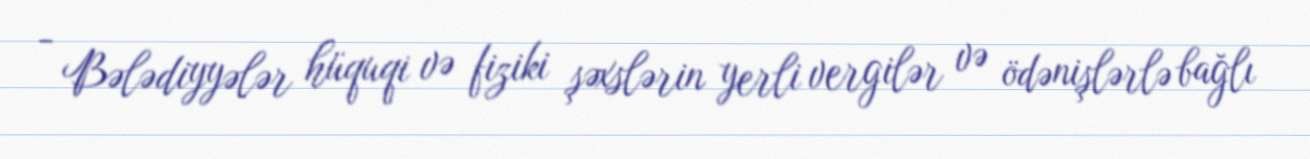
- Bələdiyyələr hüquqi və fiziki şəxslərin yerli vergilər və ödənişlərlə bağlı